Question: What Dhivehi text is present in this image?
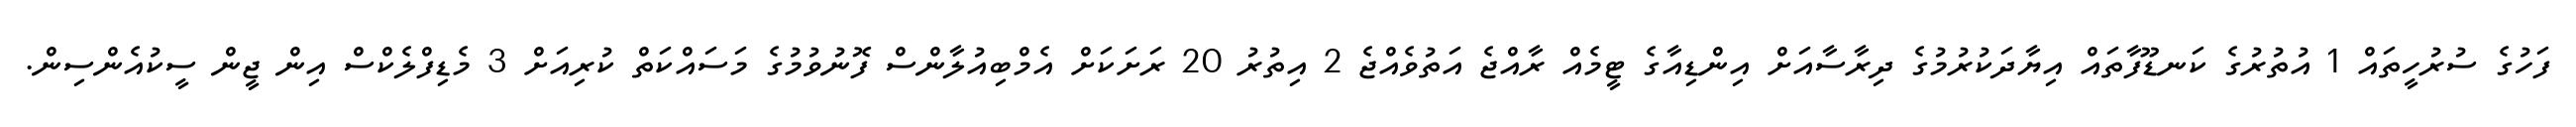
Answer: ފަހުގެ ސުރުހީތައް 1 އުތުރުގެ ކަނޑޫފާތައް އިޔާދަކުރުމުގެ ދިރާސާއަށް އިންޑިއާގެ ޓީމެއް ރާއްޖެ އަތުވެއްޖެ 2 އިތުރު 20 ރަށަކަށް އެމްބިއުލާންސް ފޮނުވުމުގެ މަސައްކަތް ކުރިއަށް 3 މެޑިފްލެކްސް އިން ޖީން ސީކުއެންސިން.